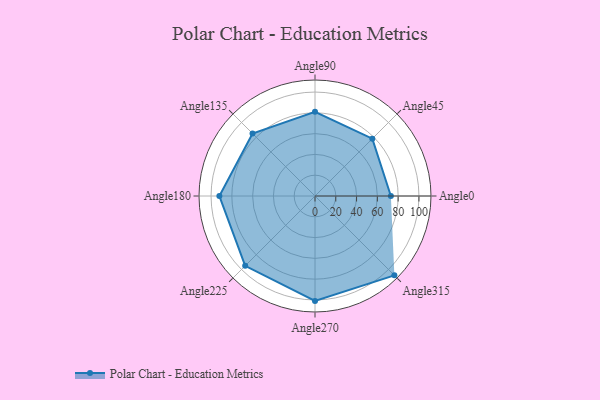
{"axis": {"x": "Angle", "y": "Radius"}, "legend": [""], "data": [{"x": "Angle0", "y": 73.0, "type": ""}, {"x": "Angle45", "y": 78.0, "type": ""}, {"x": "Angle90", "y": 81.0, "type": ""}, {"x": "Angle135", "y": 85.0, "type": ""}, {"x": "Angle180", "y": 92.0, "type": ""}, {"x": "Angle225", "y": 95.0, "type": ""}, {"x": "Angle270", "y": 101.0, "type": ""}, {"x": "Angle315", "y": 108.0, "type": ""}]}